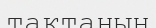
тақтанын